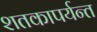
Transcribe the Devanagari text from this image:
शतकापर्यन्त